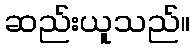
ဆည်းယူသည်။